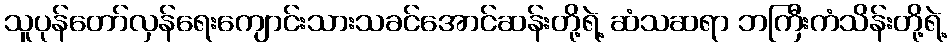
သူပုန်တော်လှန်ရေးကျောင်းသားသခင်အောင်ဆန်းတို့ရဲ့ ဆံသဆရာ ဘကြီးကံသိန်းတို့ရဲ့